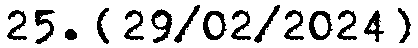
25. {29/02/2024}